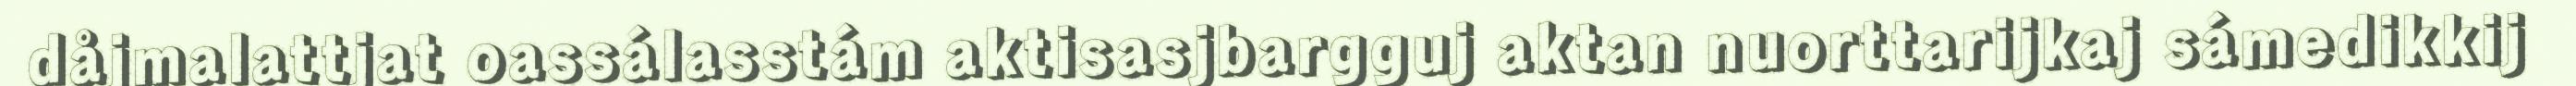
dåjmalattjat oassálasstám aktisasjbargguj aktan nuorttarijkaj sámedikkij